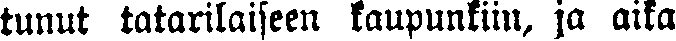
tunut tatarilaiseen kaupunkiin, ja aika